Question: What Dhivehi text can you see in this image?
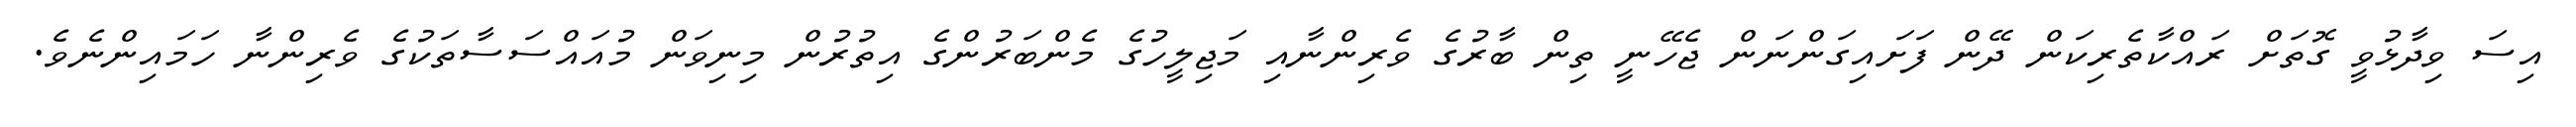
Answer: އިސަ ވިދާޅުވީ ގޮތަށް ރައްކާތެރިކަން ދޭން ފަށައިގަންނަން ޖެހޭނީ ތިން ބާރުގެ ވެރިންނާއި މަޖިލީހުގެ މެންބަރުންގެ އިތުރުން މިނިވަން މުއައްސަސާތަކުގެ ވެރިންނާ ހަމައިންނެވެ.